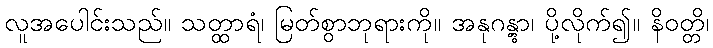
လူအပေါင်းသည်။ သတ္ထာရံ၊ မြတ်စွာဘုရားကို။ အနုဂန္တွာ၊ ပို့လိုက်၍။ နိဝတ္တိ၊